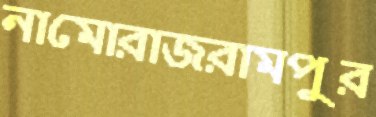
নামোরাজরামপুর